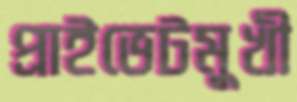
প্রাইভেটমুখী